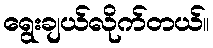
ရွေးချယ်လိုက်တယ်။